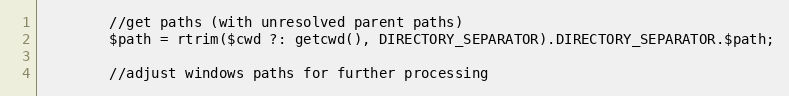
Language: PHP
        //get paths (with unresolved parent paths)
        $path = rtrim($cwd ?: getcwd(), DIRECTORY_SEPARATOR).DIRECTORY_SEPARATOR.$path;

        //adjust windows paths for further processing